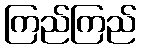
ကြည်ကြည်